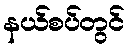
နယ်စပ်တွင်